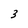
Character: 3